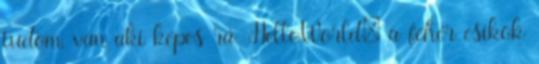
tudom, van aki képes rá. HelloWorld: a fehér csíkok